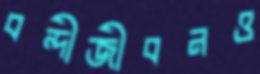
বন্দীজীবনও